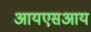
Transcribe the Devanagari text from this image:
आयएसआय